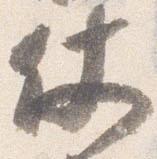
仗